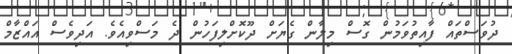
ދުވަސްތައް ފާއިތުވަމުން ގޮސް މިލާން ގެޔަށް ދޫކޮށްލިފަހުން ދެ މަސްވިއެވެ. އަދިވެސް އައްޒާމް